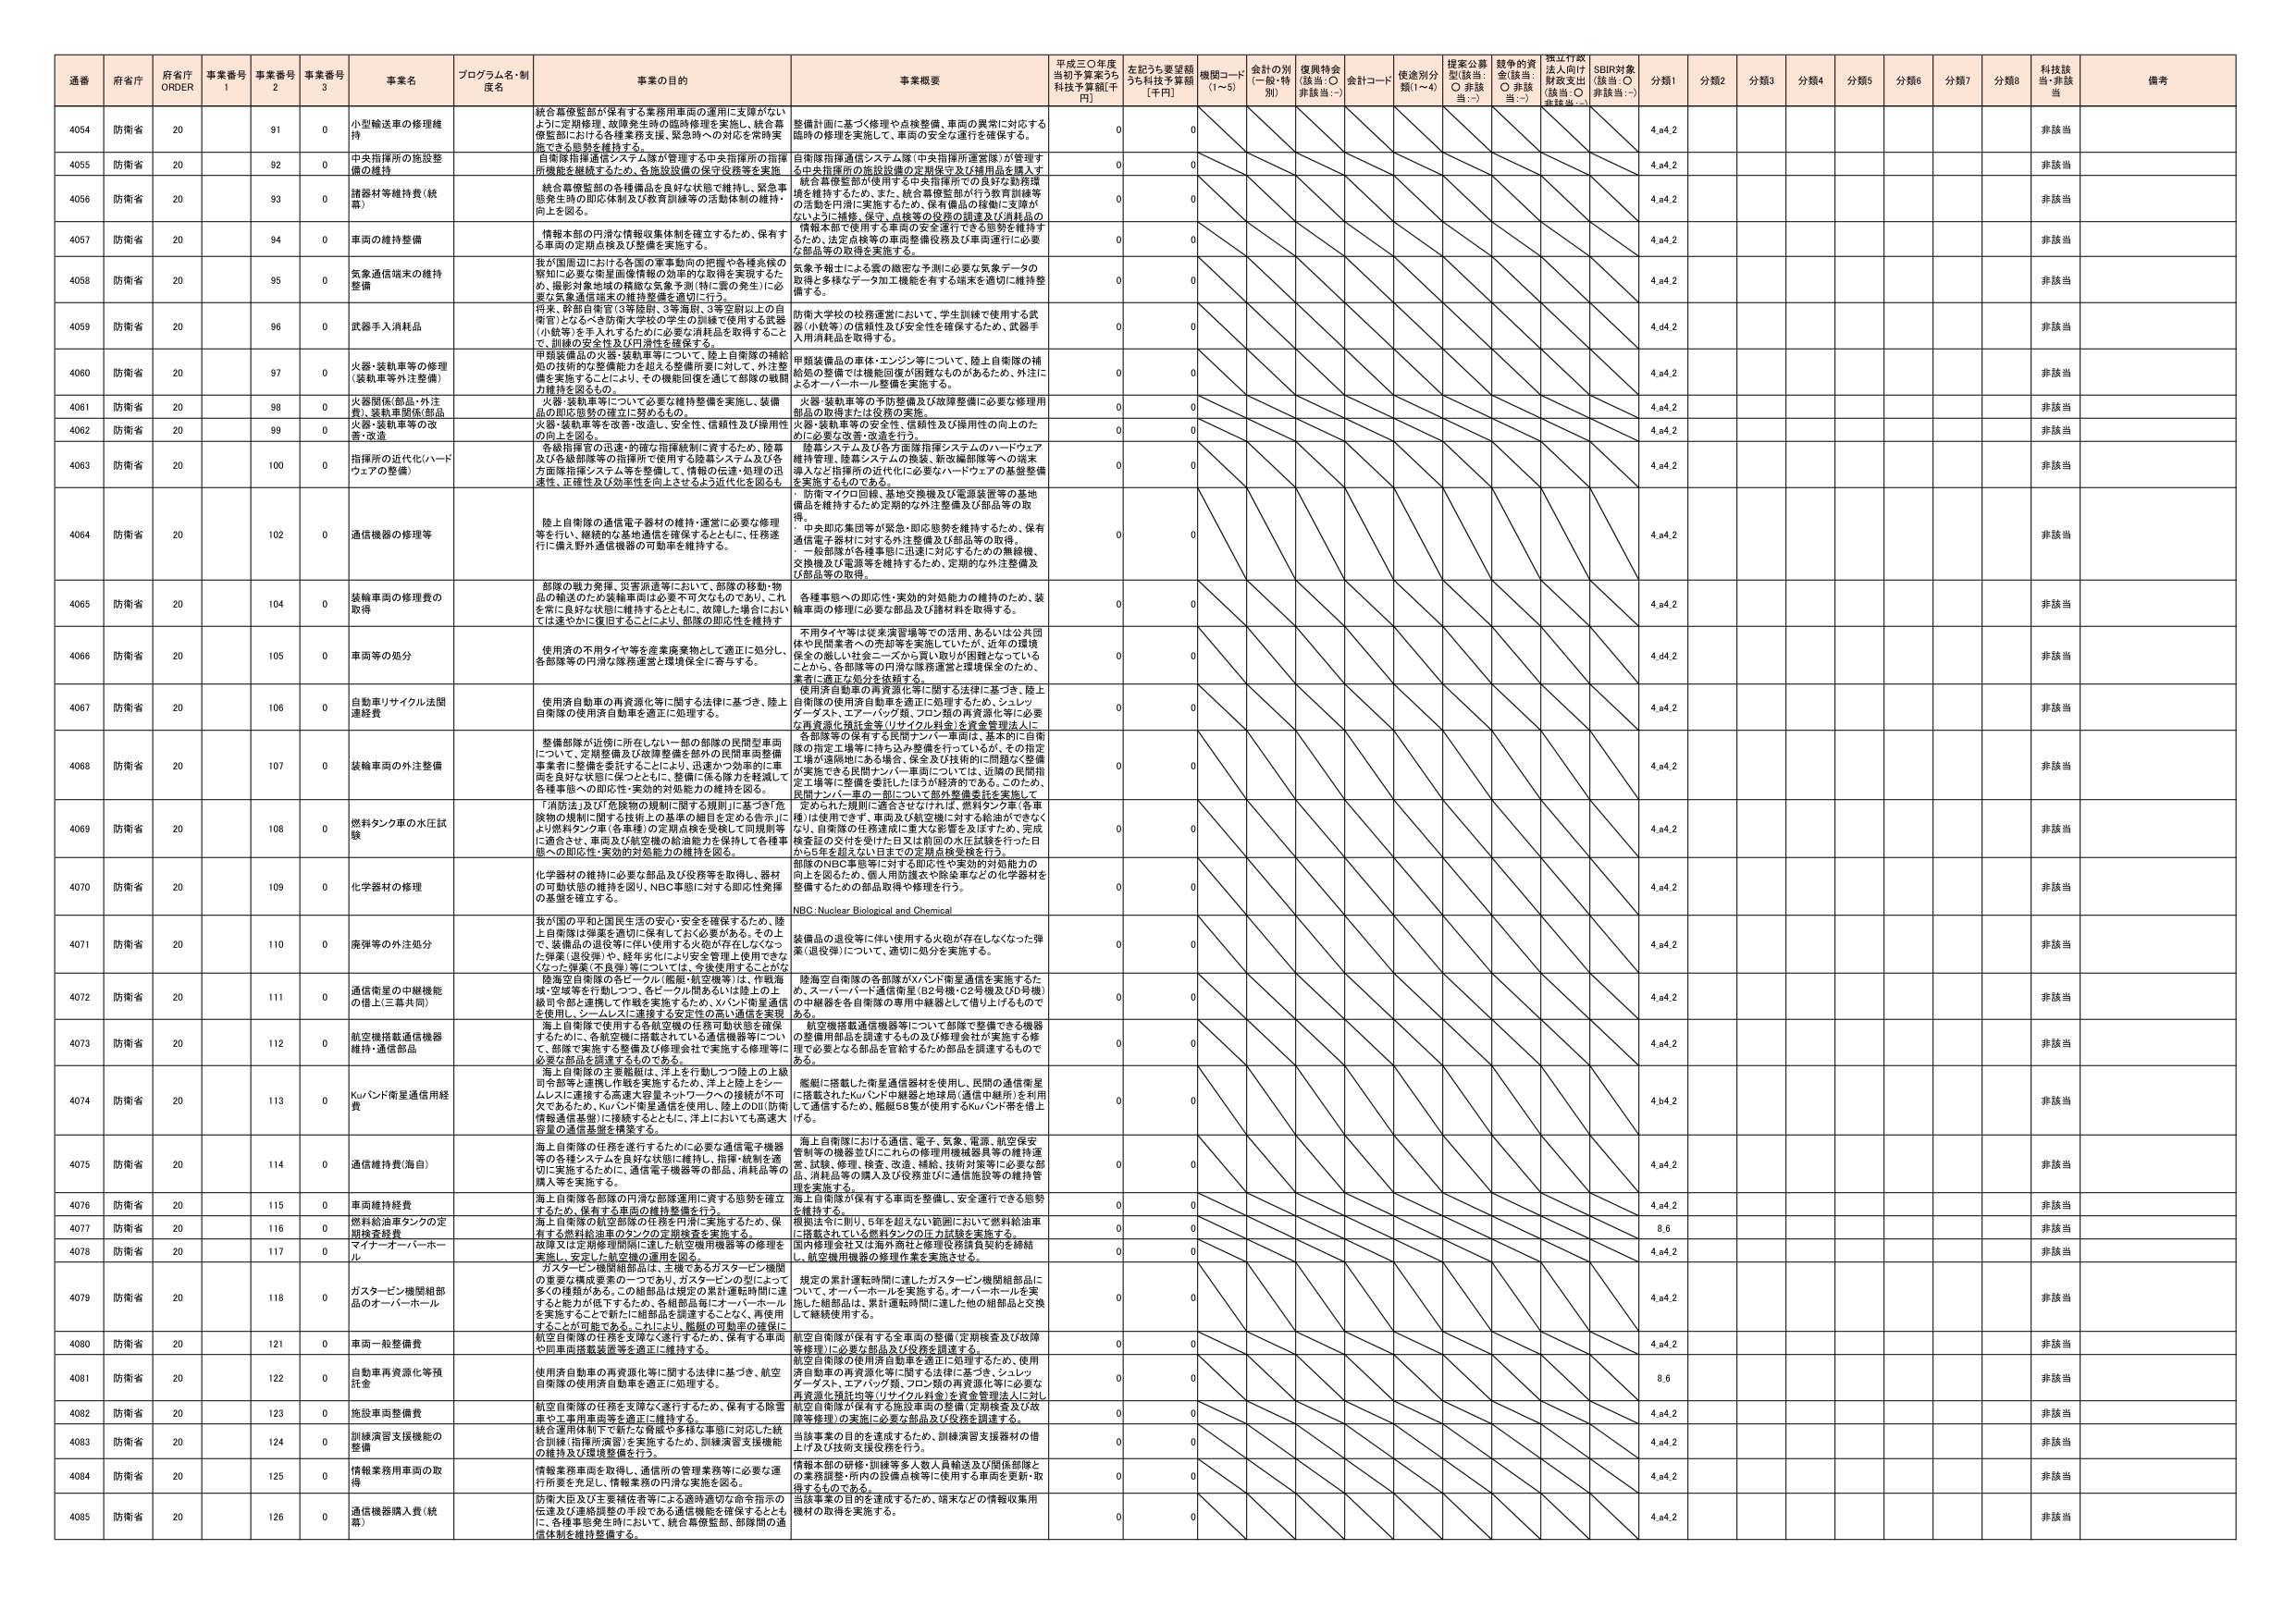
通番 府省庁 府省庁 ORDER 事業番号 1 事業番号 2 事業番号 3 事業名 プログラム名・制度名 事業の目的 事業概要 平成三〇年度当初予算案うち科技予算額[千円] 左記うち要望額うち科技予算額[千円] 機関コード(1～5) 会計の別(一般・特別) 復興特会(該当：○ 非該当：-) 会計コード 使途別分類(1～4) 提案公募型(該当：○ 非該当：-) 競争的資金(該当：○ 非該当：-) 採択行政法人向け財政支出(該当：○ 非該当：-) SBIR対象(該当：○ 非該当：-) 分類1 分類2 分類3 分類4 分類5 分類6 分類7 分類8 科技該当・非該当 備考

4054 防衛省 20 91 0 小型輸送車の修理維持 統合幕僚監部が保有する業務用車両の運用に支障がないように定期修理、故障発生時の臨時修理を実施し、統合幕僚監部における各種業務支援、緊急時への対応を常時実施できる態勢を維持する。 整備計画に基づく修理や点検整備、車両の異常に対応する臨時の修理を実施して、車両の安全な運行を確保する。 0 0 4.a4.2 非該当

4055 防衛省 20 92 0 中央指揮所の施設整備の維持 自衛隊指揮通信システム隊が管理する中央指揮所の指揮所機能を継続するため、各施設設備の保守役務等を実施 自衛隊指揮通信システム隊（中央指揮所運営隊）が管理する中央指揮所の施設設備の定期保守及び補用品を購入す 0 0 4.a4.2 非該当

4056 防衛省 20 93 0 諸器材等維持費（銃薬） 統合幕僚監部の各種備品を良好な状態で維持し、緊急事態発生時の即応体制及び教育訓練等の活動体制の維持・向上を図る。 統合幕僚監部が使用する中央指揮所での良好な勤務環境を維持するため、また、統合幕僚監部が行う教育訓練等の活動を円滑に実施するため、保有備品の移動に支障がないように補修、保守、点検等の役務の調達及び消耗品の 0 0 4.a4.2 非該当

4057 防衛省 20 94 0 車両の維持整備 情報本部の円滑な情報収集体制を確立するため、保有する車両の定期点検及び整備を実施する。 情報本部で使用する車両の安全運行できる態勢を維持するため、法定点検等の車両整備役務及び車両運行に必要な部品等の取得を実施する。 0 0 4.a4.2 非該当

4058 防衛省 20 95 0 気象通信端末の維持整備 我が国周辺における全国の軍事動向の把握や各種気候の察知に必要な衛星画像情報の効率的な取得を実現するため、撮影対象地域の精緻な気象予測（特に雲の発生）に必要な気象通信端末の維持整備を適切に行う。 気象予報士による雲の観察を予測に必要な気象データの取得と多様なデータ加工機能を有する端末を適切に維持整備する。 0 0 4.a4.2 非該当

4059 防衛省 20 96 0 武器手入消耗品 将来、幹部自衛官（3等陸尉、3等海尉、3等空尉以上の自衛官）となるべき防衛大学校の学生の訓練で使用する武器（小銃等）を手入れするために必要な消耗品を取得することで、訓練の安全性及び円滑性を確保する。 防衛大学校の校務運営において、学生訓練で使用する武器（小銃等）の信頼性及び安全性を確保するため、武器手入用消耗品を取得する。 0 0 4.a4.2 非該当

4060 防衛省 20 97 0 火器・装軌車等の修理（装軌車等外注整備） 甲類装備品の火器・装軌車等について、陸上自衛隊の補給処の技術的作業機能力を超える整備所等に対して、外注整備を実施することにより、その機能回復を通じて部隊の戦闘力維持を図るもの。 甲類装備品の車体・エンジン等について、陸上自衛隊の補給処の整備では機能回復が困難なものがあるため、外注によるオーバーホール整備を実施する。 0 0 4.a4.2 非該当

4061 防衛省 20 98 0 火器関係(部品・外注)、装軌車関係(部品 火器・装軌車等について必要な維持整備を実施し、装備品の即応態勢の確立に努めるもの。 火器・装軌車等の予防整備及び故障整備に必要な修理用部品の取得または役務の委託。 0 0 4.a4.2 非該当

4062 防衛省 20 99 0 火器・装軌車等の改善・改造 火器・装軌車等を改善・改造し、安全性、信頼性及び操作性の向上を図る。 火器・装軌車等の安全性、信頼性及び操作性の向上のために必要な改善・改造を行う。 0 0 4.a4.2 非該当

4063 防衛省 20 100 0 指揮所の近代化(ハードウェアの整備) 各級指揮官の迅速・的確な指揮統制に資するため、陸幕及び各級部隊等の指揮所で使用する陸幕システム及び各方面隊指揮システム等を整備して、情報の迅速性、正確性及び効率性の向上させるよう近代化を図るも 陸幕システム及び各方面隊指揮システムのハードウェア維持管理、陸幕システムの開発、新改編部隊等への端末導入など指揮所の近代化に必要なハードウェアの整備整備を実施するものである。 0 0 4.a4.2 非該当

4064 防衛省 20 102 0 通信機器の修理等 陸上自衛隊の通信電子器材の維持・運営に必要な修理等を行い、継続的な基地通信を確保するとともに、任務遂行に備え野外通信機器の即応性を維持する。 ・防衛マイクロ回線、基地交換機及び電源装置等の基地備品を維持するための定期的な外注整備及び部品等の取得。 ・中央即応集団等が緊急・即応態勢を維持するため、保有通信電子器材に対する外注整備及び部品等の取得。 ・一般部隊が各種事態に迅速に対応するための無線機、交換機及び電源等を維持するため、定期的な外注整備及び部品等の取得。 0 0 4.a4.2 非該当

4065 防衛省 20 104 0 装輪車両の修理費の取得 部隊の戦力発揮、災害派遣等において、部隊の移動・物品の輸送のため装輪車両は必要不可欠なものであり、これを常に良好な状態に維持するとともに、故障した場合においては速やかに復旧することにより、部隊の即応性を維持す 各種事態への即応性・実効的対処能力の維持のため、装輪車両の修理に必要な部品及び諸材料を取得する。 0 0 4.a4.2 非該当

4066 防衛省 20 105 0 車両等の処分 使用済の不用タイヤ等を産業廃棄物として適正に処分し、各部隊等の円滑な隊務運営と環境保全に寄与する。 不用タイヤ等は従来演習場等での活用、あるいは公共団体や民間業者への売却等を実施していたが、近年の環境保全の厳しい社会ニーズから買い取りが困難となっていることから、各部隊等の円滑な隊務運営と環境保全のため、集中に適正な処分を実施する。 0 0 4.a4.2 非該当

4067 防衛省 20 106 0 自動車リサイクル法関連経費 使用済自動車の再資源化等に関する法律に基づき、陸上自衛隊の使用済自動車を適正に処理する。 使用済自動車の再資源化等に関する法律に基づき、陸上自衛隊の使用済自動車を適正に処理するため、シュレッダーダスト、エアーバッグ類、フロン類の再資源化等に必要な再資源化預託金等（リサイクル料金）を資金管理法人に 0 0 4.a4.2 非該当

4068 防衛省 20 107 0 装輪車両の外注整備 整備部隊が近傍に存在しない一部の部隊の民間型車両について、定期整備及び故障整備を部内の民間車両整備事業者に整備を委託することにより、迅速かつ効率的に車両を良好な状態に保つとともに、整備に係る隊力を軽減して各種事態への即応性・実効的対処能力の維持を図る。 各部隊等の保有する民間ナンバー車両は、基本的に自衛隊の指定工場等に持ち込み整備を行っているが、その指定工場が遠隔地にある場合、保全及び技術的に問題なく整備が実施できる民間ナンバー車両については、近隣の民間指定工場等に整備を委託したほうが経済的である。このため、民間ナンバー車の一部について部外整備委託を実施して 0 0 4.a4.2 非該当

4069 防衛省 20 108 0 燃料タンク車の水圧試験 「消防法」及び「危険物の規制に関する規則」に基づき「危険物の規制に関する技術上の基準の細目を定める告示」により燃料タンク車（各車種）の定期点検を受検して同規則等に適合させ、車両及び航空機の機能能力を保持して各種事態への即応性・実効的対処能力の維持を図る。 定められた規則に適合させなければ、燃料タンク車（各車種）は使用できず、車両及び航空機に対する給油ができなくなり、自衛隊の任務達成に重大な影響を及ぼすため、完成検査証の交付を受けた日又は前回の水圧試験を行った日から5年を超えない日までの定期点検受検を行う。 0 0 4.a4.2 非該当

4070 防衛省 20 109 0 化学器材の修理 化学器材の維持に必要な部品及び役務等を取得し、器材の可動状態の維持を図り、NBC事態に対する即応性発揮の基盤を確立する。 部隊のNBC事態等に対する即応性や実効的対処能力の向上を図るため、個人用防護衣や除染車などの化学器材を整備するための部品取得や修理を行う。 NBC: Nuclear Biological and Chemical 0 0 4.a4.2 非該当

4071 防衛省 20 110 0 廃弾等の外注処分 我が国の平和と国民生活の安心・安全を確保するため、陸上自衛隊は弾薬を適切に保有しておく必要がある。その上で、装備品の退役等に伴い使用する火砲が存在しなくなった弾薬（退役弾）や、移管先などにより安全管理上使用できなくなった弾薬（不良弾）等については、今後使用することがな 装備品の退役等に伴い使用する火砲が存在しなくなった弾薬（退役弾）について、適切に処分を実施する。 0 0 4.a4.2 非該当

4072 防衛省 20 111 0 通信衛星の中継機能の借上（三重共同） 陸海空自衛隊の各ビーコル（艦艇・航空機等）は、作戦海域・空域等を行動しつつ、各ビーコル間あるいは陸上の上級司令部と連携し作戦を実施するため、Kuバンド衛星通信を使用し、シームレスに連接する安全性の高い通信を実現 海上自衛隊が保有するKuバンド衛星通信を実施するため、スペースバード通信衛星（B2号機・C2号機及びD号機）の中継器を各自衛隊の専用中継器として借り上げるものである。 0 0 4.a4.2 非該当

4073 防衛省 20 112 0 航空機搭載通信機器維持・通信部品 海上自衛隊で使用する各航空機の任務可動状態を確保するために、各航空機に搭載されている通信機器等につい て、部隊で実施する整備及び管理会社で実施する修理等に必要な部品を調達するものである。 航空機搭載通信機器等について部隊で整備できる機器の整備用部品を調達するもの及び修理会社が実施する修理で必要となる部品を管給するため部品を調達するものである。 0 0 4.a4.2 非該当

4074 防衛省 20 113 0 Kuバンド衛星通信用経費 海上自衛隊の主要艦艇は、洋上を行動しつつ陸上の上級司令部等と連携し作戦を実施するため、洋上と陸上をシームレスに連接する高速大容量ネットワークの接続が不可欠であるため、Kuバンド衛星通信を使用し、陸上のDII（防衛情報通信基盤）に接続するとともに、洋上においても高速大容量の通信基盤を構築する。 艦艇に搭載した衛星通信器材を使用し、民間の通信衛星に搭載されたKuバンド中継器と地球局（通信中継所）を利用して通信するため、艦艇58隻が使用するKuバンド帯を借上げる。 0 0 4.b4.2 非該当

4075 防衛省 20 114 0 通信維持費(海自) 海上自衛隊の任務を遂行するために必要な通信電子機器等の各種システムを良好な状態に維持し、指揮・統制を適切に実施するために、通信電子機器等の部品、消耗品等の購入等を実施する。 海上自衛隊における通信、電子、気象、電源、航空保安管制等の機器並びにこれらの修理用機械器具等の維持運営、試験、補修、検査、改修、補給、技術対策等に必要な部品、消耗品等の購入及び役務並びに通信施設等の維持管理を実施する。 0 0 4.a4.2 非該当

4076 防衛省 20 115 0 車両維持経費 海上自衛隊各部隊の円滑な部隊運用に資する態勢を確立するため、保有する車両の維持整備を行う。 海上自衛隊が保有する車両を整備し、安全運行できる態勢を維持する。 0 0 4.a4.2 非該当

4077 防衛省 20 116 0 燃料給油車タンクの定期検査経費 海上自衛隊の航空部隊の任務を円滑に実施するため、保有する燃料給油車のタンクの定期検査を実施する。 規則法令に則り、5年を超えない範囲において燃料給油車に搭載されている燃料タンクの圧力試験を実施する。 0 0 8.6 非該当

4078 防衛省 20 117 0 マイナー・オーバーホール 故障又は定期修理期間に達した航空機用機器等の修理を実施し、充足した航空機の運用を図る。 国内修理会社又は海外商社と修理役務請負契約を締結し、航空機用機器の修理作業を実施させる。 0 0 4.a4.2 非該当

4079 防衛省 20 118 0 ガスタービン機関組部品のオーバーホール ガスタービン機関組部品は、主機であるガスタービン機関の重要な構成要素の一つであり、ガスタービンの型によって多くの種類がある。この組部品は規定の累計運転時間に達すると能力が低下するため、各組部品毎にオーバーホールを実施することで新たに組部品を調達することなく、再使用することが可能である。これにより、艦艇の平時中の操艇に 規定の累計運転時間に達したガスタービン機関組部品について、オーバーホールを実施する。オーバーホールを実施した組部品は、累計運転時間に達した他の組部品と交換して継続使用する。 0 0 4.a4.2 非該当

4080 防衛省 20 121 0 車両一般整備費 航空自衛隊の任務を支援及び遂行するため、保有する車両や同車両搭載装置等を適正に維持する。 航空自衛隊が保有する全車両の整備（定期検査及び故障等修理）に必要な部品及び役務を調達する。 0 0 4.a4.2 非該当

4081 防衛省 20 122 0 自動車再資源化等預託金 使用済自動車の再資源化等に関する法律に基づき、航空自衛隊の使用済自動車を適正に処理する。 航空自衛隊の使用済自動車を適正に処理するため、使用済自動車の再資源化等に関する法律に基づき、シュレッダーダスト、エアーバッグ類、フロン類の再資源化等に必要な再資源化預託金等（リサイクル料金）を資金管理法人に対し 0 0 8.6 非該当

4082 防衛省 20 123 0 施設車両整備費 航空自衛隊の任務を支援及び遂行するため、保有する除雪車又は事用車両等を適正に維持する。 航空自衛隊が保有する施設車両の整備（定期検査及び故障等修理）の実施に必要な部品及び役務を調達する。 0 0 4.a4.2 非該当

4083 防衛省 20 124 0 訓練演習支援機能の整備 統合運用体制下で新たな演習や多様な事態に対応した統合訓練（指揮所演習）を実施するため、訓練演習支援機能の維持及び規模整備を行う。 当該事業の目的を達成するため、訓練演習支援器材の借上げ及び技術支援役務を行う。 0 0 4.a4.2 非該当

4084 防衛省 20 125 0 情報業務用車両の取得 情報業務車両を取得し、通信所の管理業務等に必要な運行所要を充足し、情報業務の円滑な実施を図る。 情報本部の研修・訓練等多数人員輸送及び関係部隊との業務調整・所内の設備点検等に使用する車両を更新・取得するものである。 0 0 4.a4.2 非該当

4085 防衛省 20 126 0 通信機器購入費（銃薬） 防衛大臣及び主要補佐者等による適時適切な命令指示の伝達及び連絡調整の手段である通信機能を確保するとともに、各種事態発生時において、統合幕僚監部、部隊間の通信体制を維持整備する。 当該事業の目的を達成するため、端末などの情報収集用機材の取得を実施する。 0 0 4.a4.2 非該当